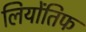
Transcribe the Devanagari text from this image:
लियोंतिफ